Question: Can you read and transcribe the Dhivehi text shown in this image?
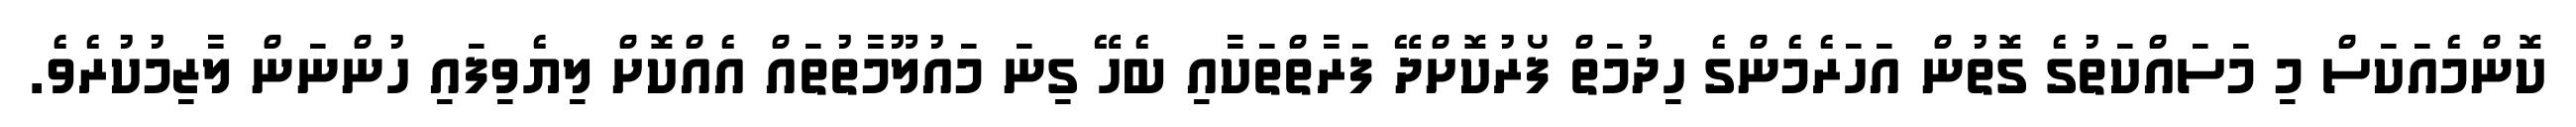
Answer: ކޮންމެއަކަސް މި މަސައްކަތުގެ ގޮތުން އަހަރެމެންގެ ހިދުމަތް ފޯރުކޮށްދޭ ފަރާތްތަކާއި ބެހޭ ގިނަ މައުލޫމާތުތައް އެއްކޮށް ލިޔެވިފައި ހުންނަން ލާޒިމުކުރެވެ.